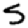
Digit: 5